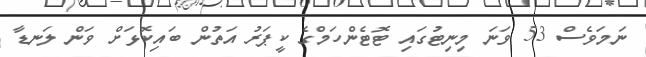
ނަމަވެސް 53 ވަނަ މިނިޓުގައި ޓޮޓެންހަމްގެ ކީޕަރު އަތުން ބައިކޮޅަށް ވަން ލަނޑާ